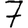
Digit: 7